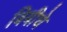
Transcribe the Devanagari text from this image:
बिबीचे